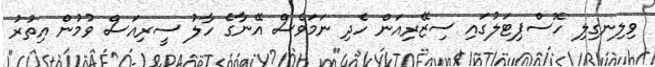
ވިލިނގިލި ހޮސްޕިޓަލުގައި ސިޒޭރިއަން ހެދި ނަމަވެސް އޭނާގެ ހާލު ސީރިއަސް ވުމުން އިތުރު